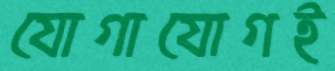
যোগাযোগই